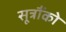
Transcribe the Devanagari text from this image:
सूत्रौंको